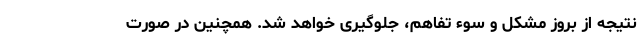
نتیجه از بروز مشکل و سوء تفاهم، جلوگیری خواهد شد. همچنین در صورت